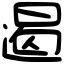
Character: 遏